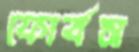
ফোর্বস